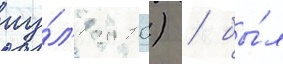
иу́л'я 2010) / бы́л